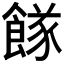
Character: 𩝌